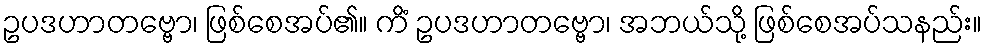
ဥပဒဟာတဗ္ဗော၊ ဖြစ်စေအပ်၏။ ကိံ ဥပဒဟာတဗ္ဗော၊ အဘယ်သို့ ဖြစ်စေအပ်သနည်း။